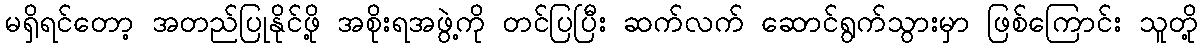
မရှိရင်တော့ အတည်ပြုနိုင်ဖို့ အစိုးရအဖွဲ့ကို တင်ပြပြီး ဆက်လက် ဆောင်ရွက်သွားမှာ ဖြစ်ကြောင်း သူတို့